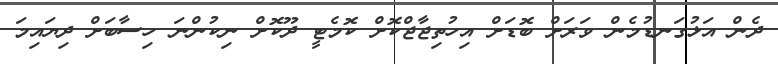
ދެން އަޅުގަނޑުމެން ވަރަށް ބޮޑަށް އިހުތިޖާޖްކޮށް ކޮމެޓީ ދޫކޮށް ނިކުންނަ ހިސާބަށް ދިޔައިމަ